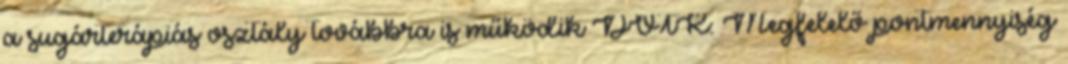
a sugárterápiás osztály továbbra is működik DVTK: Megfelelő pontmennyiség